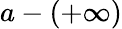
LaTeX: a-(+\infty)